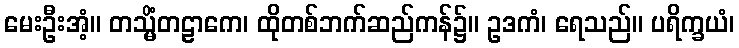
မေးဦးအံ့။ တသ္မိံတဠာကေ၊ ထိုတစ်ဘက်ဆည်ကန်၌။ ဥဒကံ၊ ရေသည်။ ပရိက္ခယံ၊